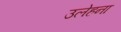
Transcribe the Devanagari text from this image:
उलेहना